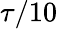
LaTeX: \tau/10